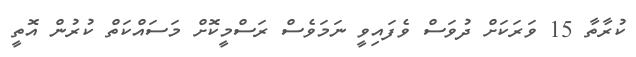
ކުރާތާ 15 ވަރަކަށް ދުވަސް ވެފައިވީ ނަމަވެސް ރަސްމީކޮށް މަސައްކަތް ކުރުން އޮތީ